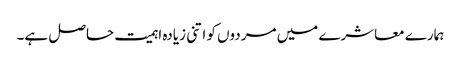
ہمارے معاشرے میں مردوں کو اتنی زیادہ اہمیت حاصل ہے۔